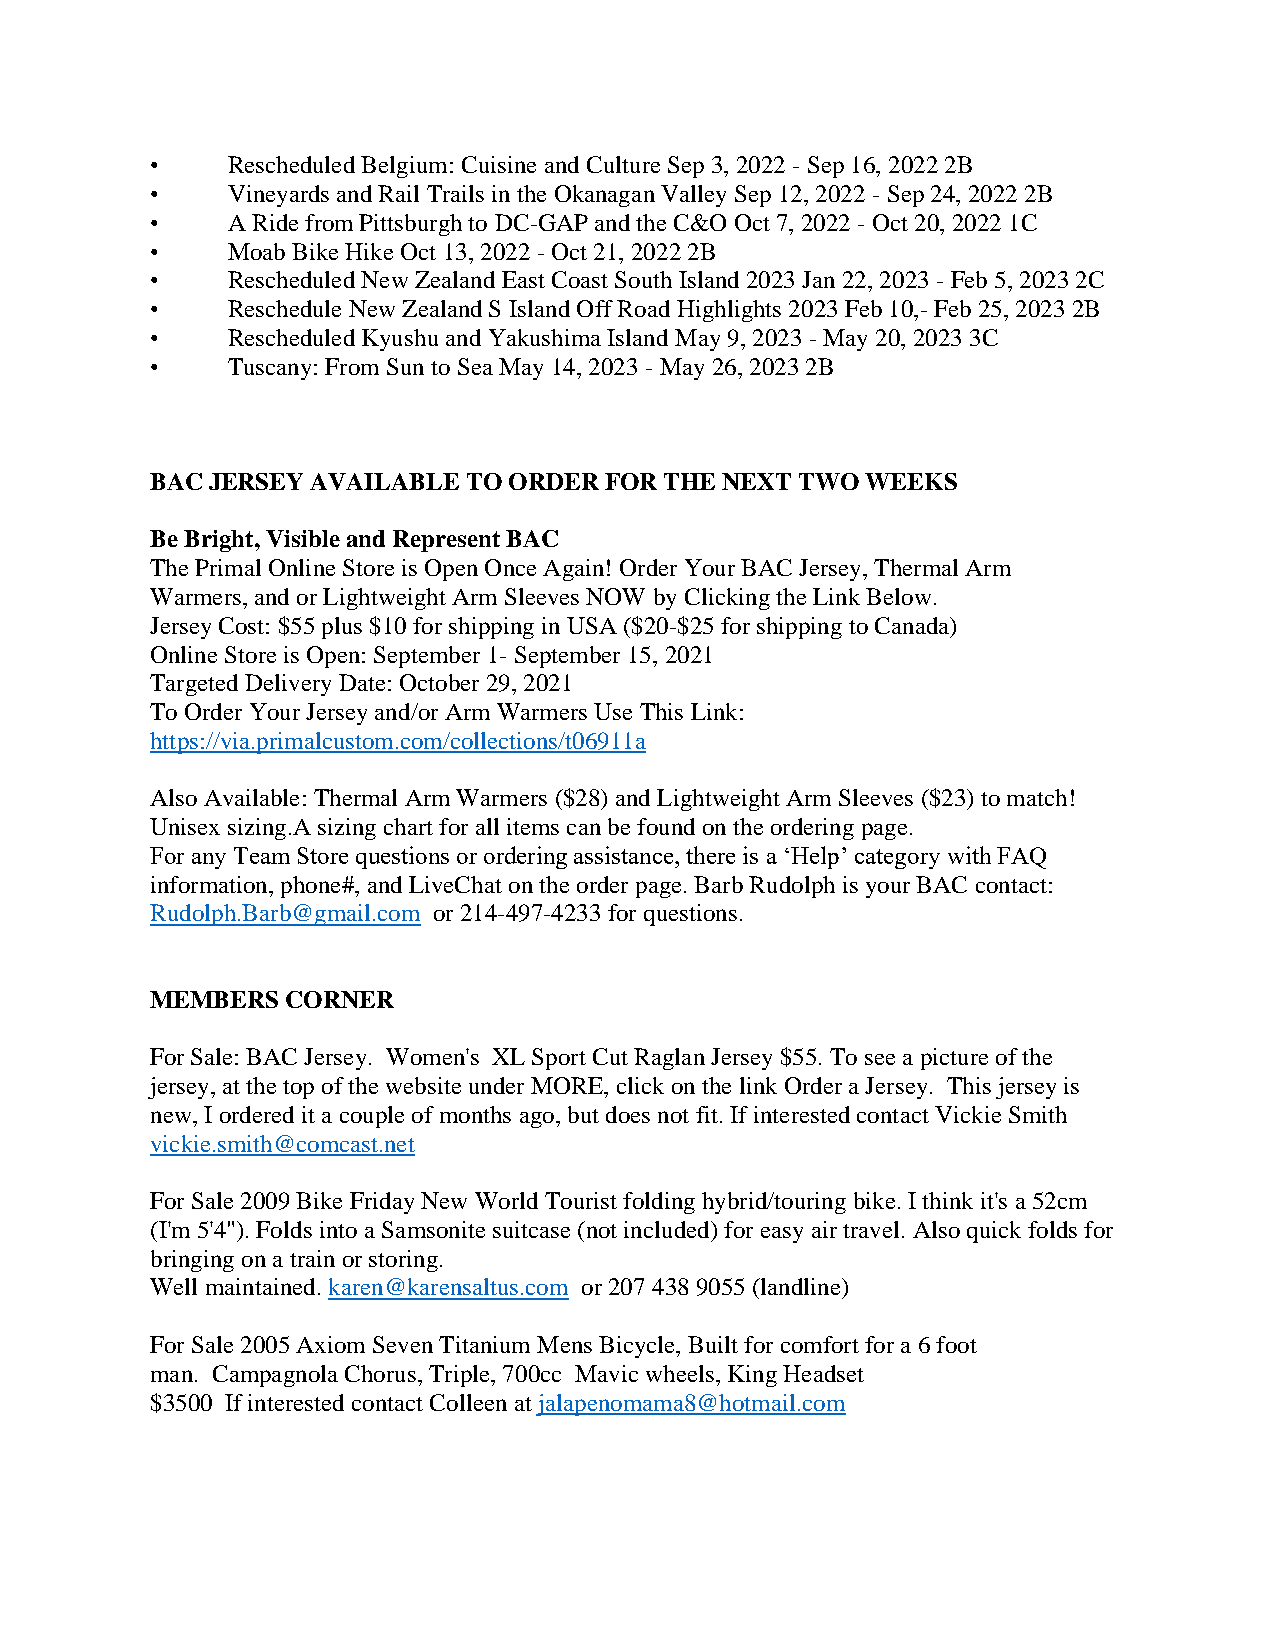
•    Rescheduled Belgium: Cuisine and Culture Sep 3, 2022 - Sep 16, 2022 2B
 •    Vineyards and Rail Trails in the Okanagan Valley Sep 12, 2022 - Sep 24, 2022 2B
 •    A Ride from Pittsburgh to DC-GAP and the C&O Oct 7, 2022 - Oct 20, 2022 1C
 •    Moab Bike Hike Oct 13, 2022 - Oct 21, 2022 2B
 •    Rescheduled New Zealand East Coast South Island 2023 Jan 22, 2023 - Feb 5, 2023 2C
 •    Reschedule New Zealand S Island Off Road Highlights 2023 Feb 10,- Feb 25, 2023 2B
 •    Rescheduled Kyushu and Yakushima Island May 9, 2023 - May 20, 2023 3C
 •    Tuscany: From Sun to Sea May 14, 2023 - May 26, 2023 2B
 BAC JERSEY AVAILABLE TO ORDER FOR THE NEXT TWO WEEKS
 Be Bright, Visible and Represent BAC
 The Primal Online Store is Open Once Again! Order Your BAC Jersey, Thermal Arm
 Warmers, and or Lightweight Arm Sleeves NOW by Clicking the Link Below.
 Jersey Cost: $55 plus $10 for shipping in USA ($20-$25 for shipping to Canada)
 Online Store is Open: September 1- September 15, 2021
 Targeted Delivery Date: October 29, 2021
 To Order Your Jersey and/or Arm Warmers Use This Link:
 https://via.primalcustom.com/collections/t06911a
 Also Available: Thermal Arm Warmers ($28) and Lightweight Arm Sleeves ($23) to match!
 Unisex sizing.A sizing chart for all items can be found on the ordering page.
 For any Team Store questions or ordering assistance, there is a ‘Help’ category with FAQ
 information, phone#, and LiveChat on the order page. Barb Rudolph is your BAC contact:
 Rudolph.Barb@gmail.com or 214-497-4233 for questions.
 MEMBERS  CORNER
 For Sale: BAC Jersey. Women's XL Sport Cut Raglan Jersey $55. To see a picture of the
 jersey, at the top of the website under MORE, click on the link Order a Jersey. This jersey is
 new, I ordered it a couple of months ago, but does not fit. If interested contact Vickie Smith
 vickie.smith@comcast.net
 For Sale 2009 Bike Friday New World Tourist folding hybrid/touring bike. I think it's a 52cm
 (I'm 5'4"). Folds into a Samsonite suitcase (not included) for easy air travel. Also quick folds for
 bringing on a train or storing.
 Well maintained. karen@karensaltus.com or 207 438 9055 (landline)
 For Sale 2005 Axiom Seven Titanium Mens Bicycle, Built for comfort for a 6 foot
 man. Campagnola Chorus, Triple, 700cc Mavic wheels, King Headset
 $3500 If interested contact Colleen at jalapenomama8@hotmail.com